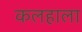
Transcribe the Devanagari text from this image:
कलहाला